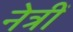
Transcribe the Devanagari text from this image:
नेत्रीं